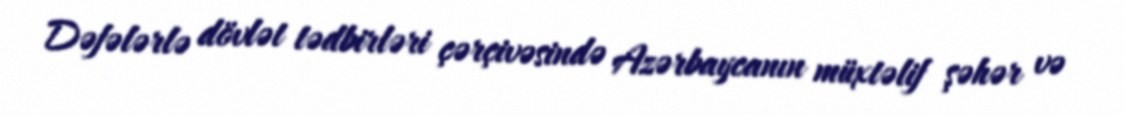
Dəfələrlə dövlət tədbirləri çərçivəsində Azərbaycanın müxtəlif şəhər və